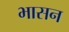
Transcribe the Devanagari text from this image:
भासन